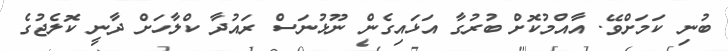
ބުނި ކަމަށްވޭ. އާއްމުކޮށް ބުރުގާ އަޅައިގެން ނޫޅުނަސް ރައުދާ ކްލާހަށް ދާނީ ކޮލެޖުގެ